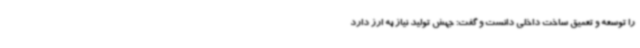
را توسعه و تعمیق ساخت داخلی دانست و گفت: جهش تولید نیاز به ارز دارد